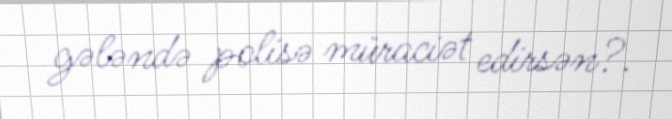
gələndə polisə müraciət edirsən?.